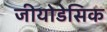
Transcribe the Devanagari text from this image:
जीयोडेसिक